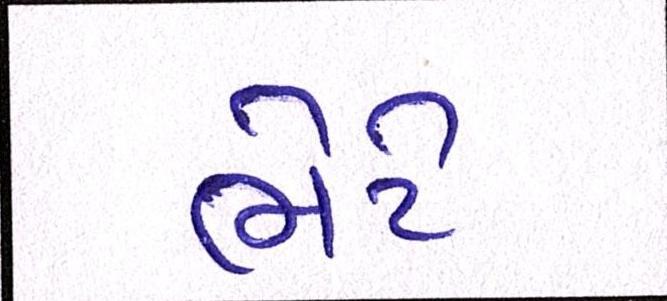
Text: ભેટે